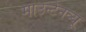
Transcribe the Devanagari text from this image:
माउन्टेनव्यू